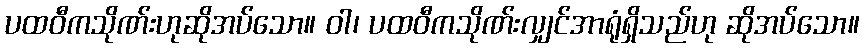
ပထဝီကသိုဏ်းဟုဆိုအပ်သော။ ဝါ၊ ပထဝီကသိုဏ်းလျှင်အာရုံရှိသည်ဟု ဆိုအပ်သော။